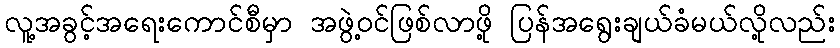
လူ့အခွင့်အရေးကောင်စီမှာ အဖွဲ့ဝင်ဖြစ်လာဖို့ ပြန်အရွေးချယ်ခံမယ်လို့လည်း